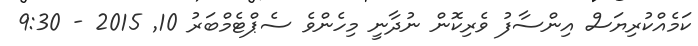
ކަމެއްކުރިޔަސް އިންސާފު ވެރިކޮން ނުދާނީ މިހެންވެ ސެޕްޓެމްބަރު 10